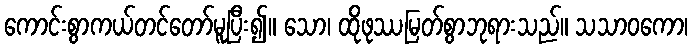
ကောင်းစွာကယ်တင်တော်မူပြီး၍။ သော၊ ထိုဖုဿမြတ်စွာဘုရားသည်။ သသာဝကော၊